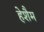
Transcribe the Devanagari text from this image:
हेशैम